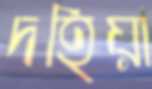
দহিয়া